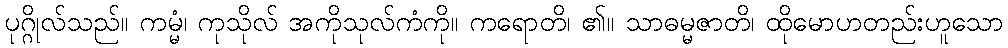
ပုဂ္ဂိုလ်သည်။ ကမ္မံ၊ ကုသိုလ် အကိုသုလ်ကံကို။ ကရောတိ၊ ၏။ သာဓမ္မဇာတိ၊ ထိုမောဟတည်းဟူသော